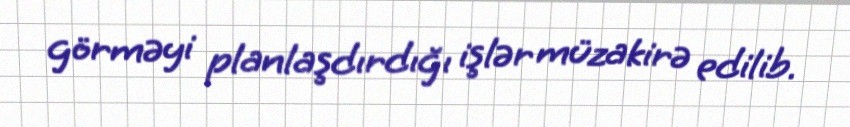
görməyi planlaşdırdığı işlər müzakirə edilib.